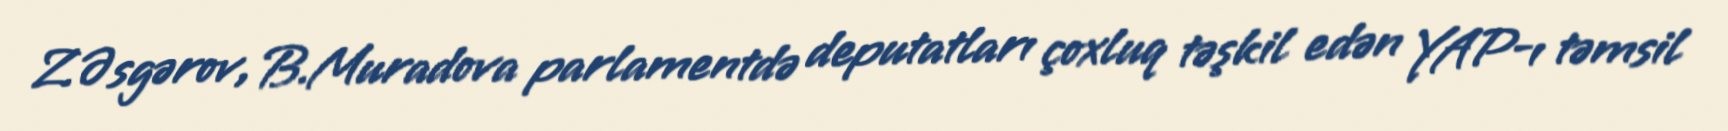
Z.Əsgərov, B.Muradova parlamentdə deputatları çoxluq təşkil edən YAP-ı təmsil